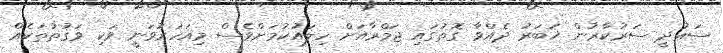
ސަޢުދީ ސަރުކާރުން ޚަބަރު ދެއްވާ ގޮތުގައި ޖަމްރާއަށް ހިލައުކުމަށްވެސް މިއަހަރުވަނީ ވަކި ވަޤުތުތަކެއް